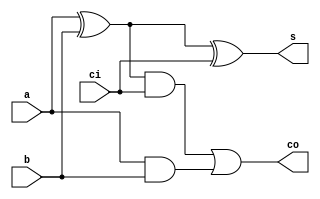
//========== Full adder ==========//

module add(s,a,b,ci,co);

input ci;
input a;
input b;

output co;
output s;

assign s = (a^b)^ci;
assign co = ((a^b)&ci)|(a&b);

endmodule